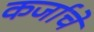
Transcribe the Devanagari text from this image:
कर्जाचे